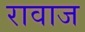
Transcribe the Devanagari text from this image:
रावाज